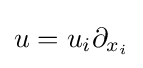
u=u_{i}\partial _{x_{i}}